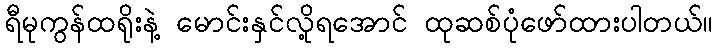
ရီမုကွန်ထရိုးနဲ့ မောင်းနှင်လို့ရအောင် ထုဆစ်ပုံဖော်ထားပါတယ်။